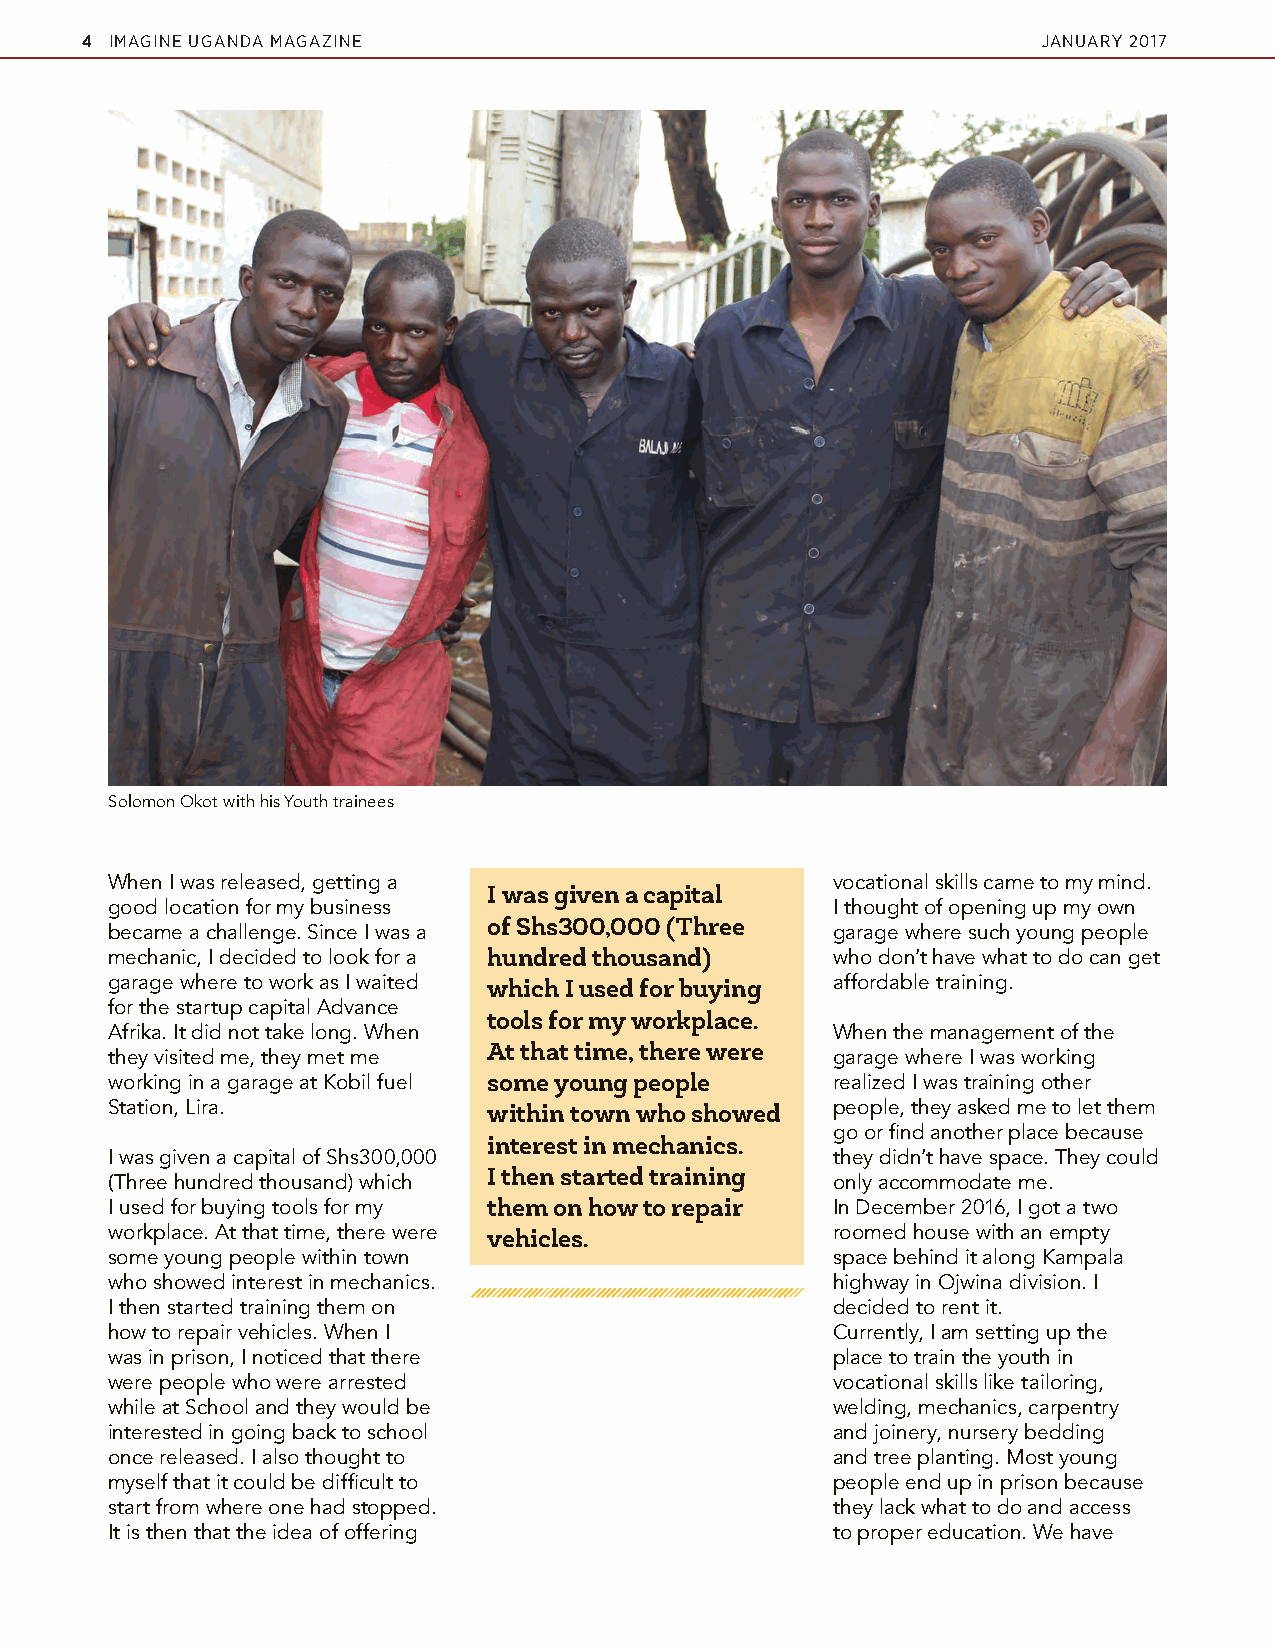
4 IMAGINE UGANDA MAGAZINE                                       JANUARY 2017
 Solomon Okot with his Youth trainees
 When I was released, getting a                  vocational skills came to my mind.
 I was given a capital
 good location for my business                   I thought of opening up my own
 of Shs300,000 (Three
 became a challenge. Since I was a               garage where such young people
 mechanic, I decided to look for a hundred thousand) who don’t have what to do can get
 garage where to work as I waited which I used for buying affordable training.
 for the startup capital Advance
 tools for my workplace.
 Afrika. It did not take long. When              When the management of the
 At that time, there were
 they visited me, they met me                    garage where I was working
 working in a garage at Kobil fuel some young people realized I was training other
 Station, Lira.           within town who showed people, they asked me to let them
 go or find another place because
 interest in mechanics.
 I was given a capital of Shs300,000             they didn’t have space. They could
 I then started training
 (Three hundred thousand) which                  only accommodate me.
 I used for buying tools for my them on how to repair In December 2016, I got a two
 workplace. At that time, there were vehicles.   roomed house with an empty
 some young people within town                   space behind it along Kampala
 who showed interest in mechanics.               highway in Ojwina division. I
 I then started training them on                 decided to rent it.
 how to repair vehicles. When I                  Currently, I am setting up the
 was in prison, I noticed that there             place to train the youth in
 were people who were arrested                   vocational skills like tailoring,
 while at School and they would be               welding, mechanics, carpentry
 interested in going back to school              and joinery, nursery bedding
 once released. I also thought to                and tree planting. Most young
 myself that it could be difficult to            people end up in prison because
 start from where one had stopped.               they lack what to do and access
 It is then that the idea of offering            to proper education. We have